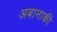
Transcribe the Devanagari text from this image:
अबानाकी